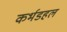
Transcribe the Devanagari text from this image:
कर्भडहल